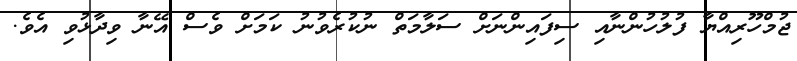
ޖުމްހޫރިއްޔާ ފުލުހުންނާއި ސިފައިންނަށް ސަލާމަތް ނުކުރެވުނު ކަމަށް ވެސް އޭނާ ވިދާޅުވި އެވެ.